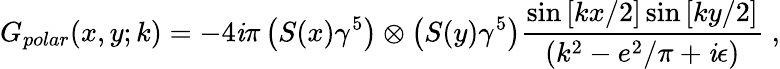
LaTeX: G_{polar}(x,y;k)=-4\mathit{i}\pi\left(S(x)\gamma^{5}\right)\otimes\left(S(y)\gamma^{5}\right)\frac{{\sin\left[kx/2\right]\sin\left[ky/2\right]}}{{(k^{2}-e^{2}/\pi+\mathit{i}\epsilon)}}\; ,